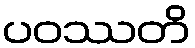
ပဝဿတိ